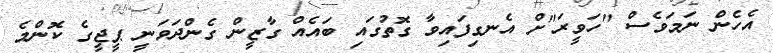
އެހެން ނަމަވެސް "ހަވީރަ"ށް އެނގިފައިވާ ގޮތުގައި ބައެއް ގާޒީން ގެންދަވަނީ ޕީޖީގެ ކޮންމެ